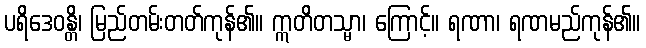
ပရိဒေဝန္တိ၊ မြည်တမ်းတတ်ကုန်၏။ ဣတိတသ္မာ၊ ကြောင့်။ ရဏာ၊ ရဏမည်ကုန်၏။